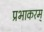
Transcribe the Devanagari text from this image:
प्रभाकरम्